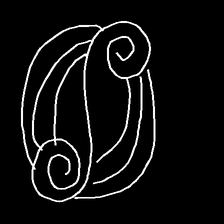
Glyph: wind-underfoot